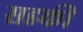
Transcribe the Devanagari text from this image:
सडकी